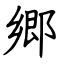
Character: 郷